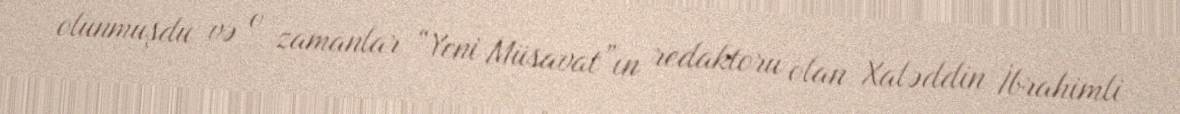
olunmuşdu və o zamanlar “Yeni Müsavat”ın redaktoru olan Xaləddin İbrahimli